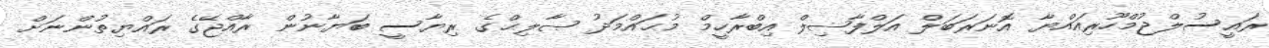
ރައީސުލްޖުމްހޫރިއައްޔާ އޮނަރަބަލް އަލްފާޟިލް އިބްރާހީމް މުޙައްމަދު ޞާލިޙްގެ ރިޔާސީ ބަޔާނުން ރާއްޖޭގެ ރައްޔިތުންނަށް